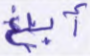
أبلغ